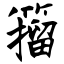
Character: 籀